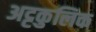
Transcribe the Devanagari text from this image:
अट्टकुलिक